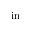
\mathrm { i n }